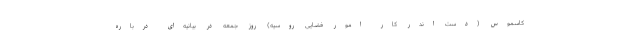
کاسموس (دست اندر کار امور فضایی روسیه) روز جمعه در بیانیه‌ای درباره